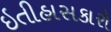
ઇતીહાસકારો